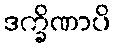
ဒက္ခိဏာပိ